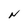
Character: N